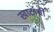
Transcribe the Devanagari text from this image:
खाटांची